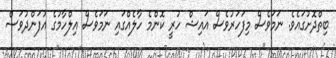
ބިތްދޮށުގައެވެ. ނަމަވެސް މިފަހަރުވެސް އައިޝް ހުރީ ކޮންމެ ހާލެއްގައި ނަމަވެސް އިލްހާމުގެ އުފަންދުވަސް